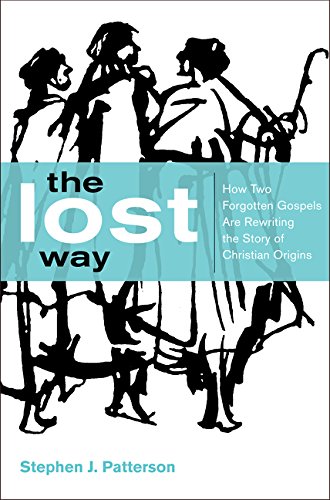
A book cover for The Lost Way: How Two Forgotten Gospels Are Rewriting the Story of Christian Origins; Stephen J. Patterson; Christian Books & Bibles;